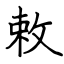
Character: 敕